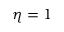
\eta = 1